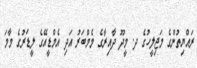
ރައްޔިތުންގެ މަޖިލީހުގެ ދ. މީދޫ ދާއިރާގެ މެމްބަރު އަދި އެމްޑީއޭގެ ލީޑަރުގެ މާމަ